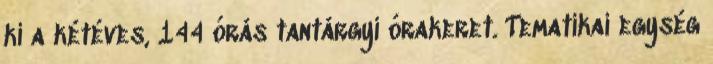
ki a kétéves, 144 órás tantárgyi órakeret. Tematikai egység